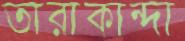
তারাকান্দা